Annual vaccination report of Bihar and Orissa - 1911-1928
Year: 1911
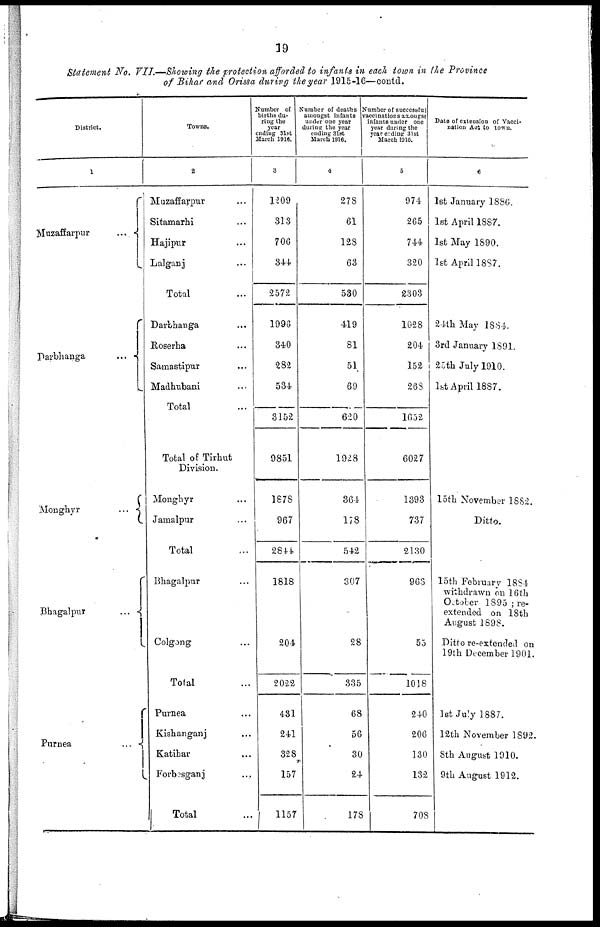
19
Statement No. VII.—Showing the protection afforded to infants in each town in the Province
of Bihar and Orissa during the year 1915-16—contd.
District.
1
Muzaffarpur
...
Darbhanga
...
Monghyr
...
Bhagalpur
...
Purnea
...
Towns.
2
Muzaffarpur ...
Sitamarhi ...
Hajipur ...
Lalganj ...
Total ...
Darthanga ...
Roserha ...
Samastipur...
Madhubani ...
Total ...
Total of Tirhut
Division.
Monghyr ...
Jamalpur ...
Total ...
Bhagalpur ...
Colgong ...
Total ...
Purnea ...
Kishanganj ...
Katihar ...
Forbesganj ...
Total ...
Number of
births da-
ring the
year
ending 31st
March 1916.
3
1209
313
706
344
2572
1996
340
282
534
3152
9851
1878
967
2844
1818
204
2022
431
241
328
157
1157
Number of deaths
amongst infants
under one year
daring the year
ending 31st
March 1916.
4
278
61
128
63
530
419
81
51
69
620
1928
364
178
542
307
28
335
68
56
30
24
178
Number of successful
vaccinations axougst
infants under one
year during the
year ending 31st
March 1916.
5
974
265
744
320
2303
1028
204
152
268
1652
6027
1393
737
2130
968
55
1018
240
206
130
132
708
Date of extension of Vacci-
nation Act to town.
6
1st January 1886.
1st April 1887.
1st May 1890.
1st April 1887.
24th May 1884.
3rd January 1891.
25th July 1910.
1st April 1887.
15th November 1882.
Ditto.
15th February 1884
withdrawn on 16th
October 1895 ; re-
extended on 18th
August 1898.
Ditto re-extended on
19th December 1901.
1st July 1887.
12th November 1892.
8th August 1910.
9th August 1912.